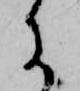
に